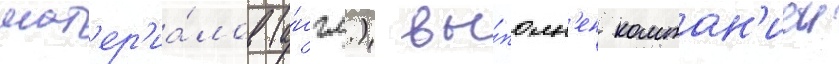
мат'ер'иа́лов (а́нгл.) вы́полн'ен компан'иеи